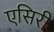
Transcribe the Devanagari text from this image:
एसिरी